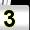
Digit: 3